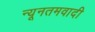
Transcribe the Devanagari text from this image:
न्यूनतमवादी